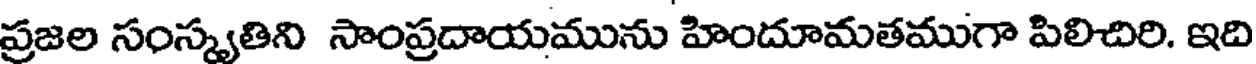
ప్రజల సంస్కృతిని సాంప్రదాయమును హిందూమతముగా పిలిచిరి. ఇది